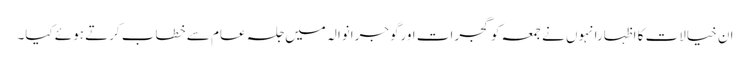
ان خیالات کا اظہارانہوں نے جمعہ کو گجرات اورگوجرانوالہ میں جلسہ عام سے خطاب کرتے ہوئے کیا۔